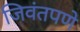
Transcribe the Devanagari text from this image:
जिवंतपणे